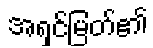
အရှင်မြတ်၏